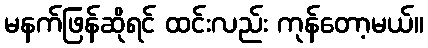
မနက်ဖြန်ဆိုရင် ထင်းလည်း ကုန်တော့မယ်။